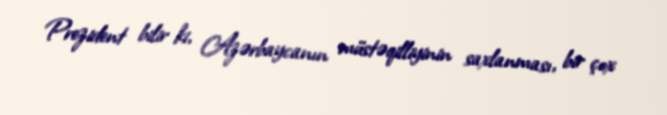
Prezident bilir ki, Azərbaycanın müstəqilliyinin saxlanması, bir çox